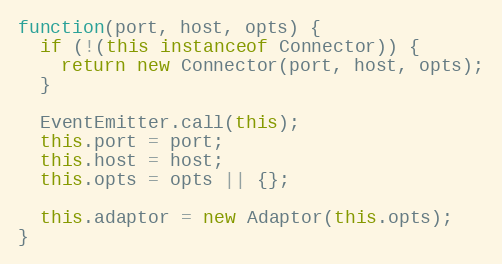
Language: JavaScript
function(port, host, opts) {
  if (!(this instanceof Connector)) {
    return new Connector(port, host, opts);
  }

  EventEmitter.call(this);
  this.port = port;
  this.host = host;
  this.opts = opts || {};

  this.adaptor = new Adaptor(this.opts);
}